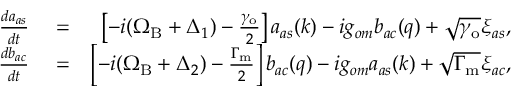
\begin{array} { r l r } { \frac { d a _ { a s } } { d t } } & { { } = } & { \left[ - i ( \Omega _ { \mathrm { B } } + \Delta _ { 1 } ) - \frac { \gamma _ { \mathrm { o } } } { 2 } \right] a _ { a s } ( k ) - i g _ { o m } b _ { a c } ( q ) + \sqrt { \gamma _ { \mathrm { o } } } \xi _ { a s } , } \\ { \frac { d b _ { a c } } { d t } } & { { } = } & { \left[ - i ( \Omega _ { \mathrm { B } } + \Delta _ { 2 } ) - \frac { \Gamma _ { \mathrm { m } } } { 2 } \right] b _ { a c } ( q ) - i g _ { o m } a _ { a s } ( k ) + \sqrt { \Gamma _ { \mathrm { m } } } \xi _ { a c } , } \end{array}